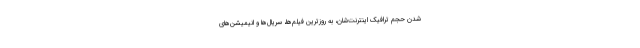
شدن حجم ترافیک اینترنت‌شان، به روزترین فیلم‌ها، سریال‌ها و انیمیشن‌های